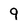
Character: 9